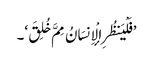
’فَلْیَنظُرِ الْإِنسَانُ مِمَّ خُلِقَ‘۔